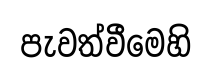
පැවත්වීමෙහි